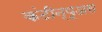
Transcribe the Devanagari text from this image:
कंटीन्यूअस